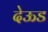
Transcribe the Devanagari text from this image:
देऊड